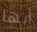
أيها